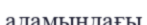
адамындағы